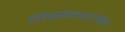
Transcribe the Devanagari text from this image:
संस्काररहित